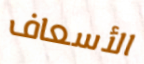
الأسعاف